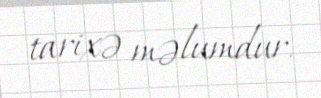
tarixə məlumdur.